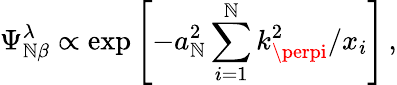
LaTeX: \Psi_{\mathbb{N}\beta}^{\lambda}\propto\exp{\left[-a_{\mathbb{N}}^{2}\sum_{i=1}^{\mathbb{N}}k_{\perpi}^{2}/x_{i}\right]}\, ,